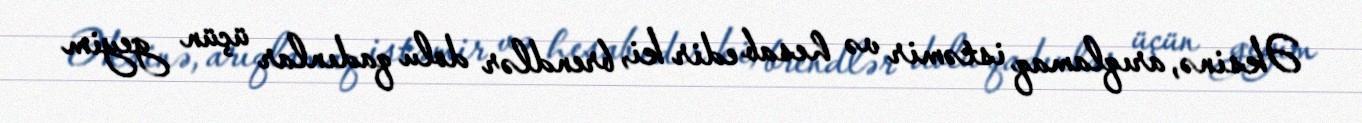
Əksinə, arıqlamaq istəmir və hesab edir ki, brendlər dolu qadınlar üçün geyim